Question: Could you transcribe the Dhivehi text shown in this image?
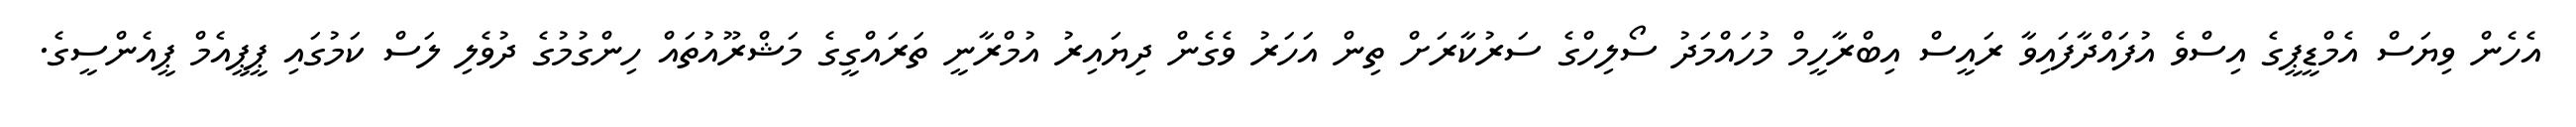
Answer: އެހެން ވިޔަސް އެމްޑީޕީގެ އިސްވެ އުފައްދާފައިވާ ރައީސް އިބްރާހީމް މުހައްމަދު ސޯލިހްގެ ސަރުކާރަށް ތިން އަހަރު ވެގެން ދިޔައިރު އުމްރާނީ ތަރައްގީގެ މަޝްރޫއުތައް ހިންގުމުގެ ދުވެލި ލަސް ކަމުގައި ޕީޕީއެމް ޕީއެންސީގެ.